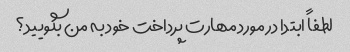
لطفاً ابتدا در مورد مهارت پرداخت خود به من بگویید؟